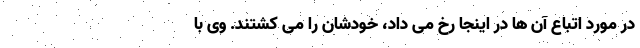
در مورد اتباع آن ها در اینجا رخ می داد، خودشان را می کشتند. وی با